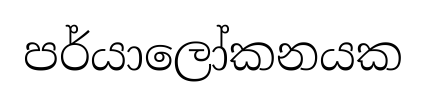
පර්යාලෝකනයක